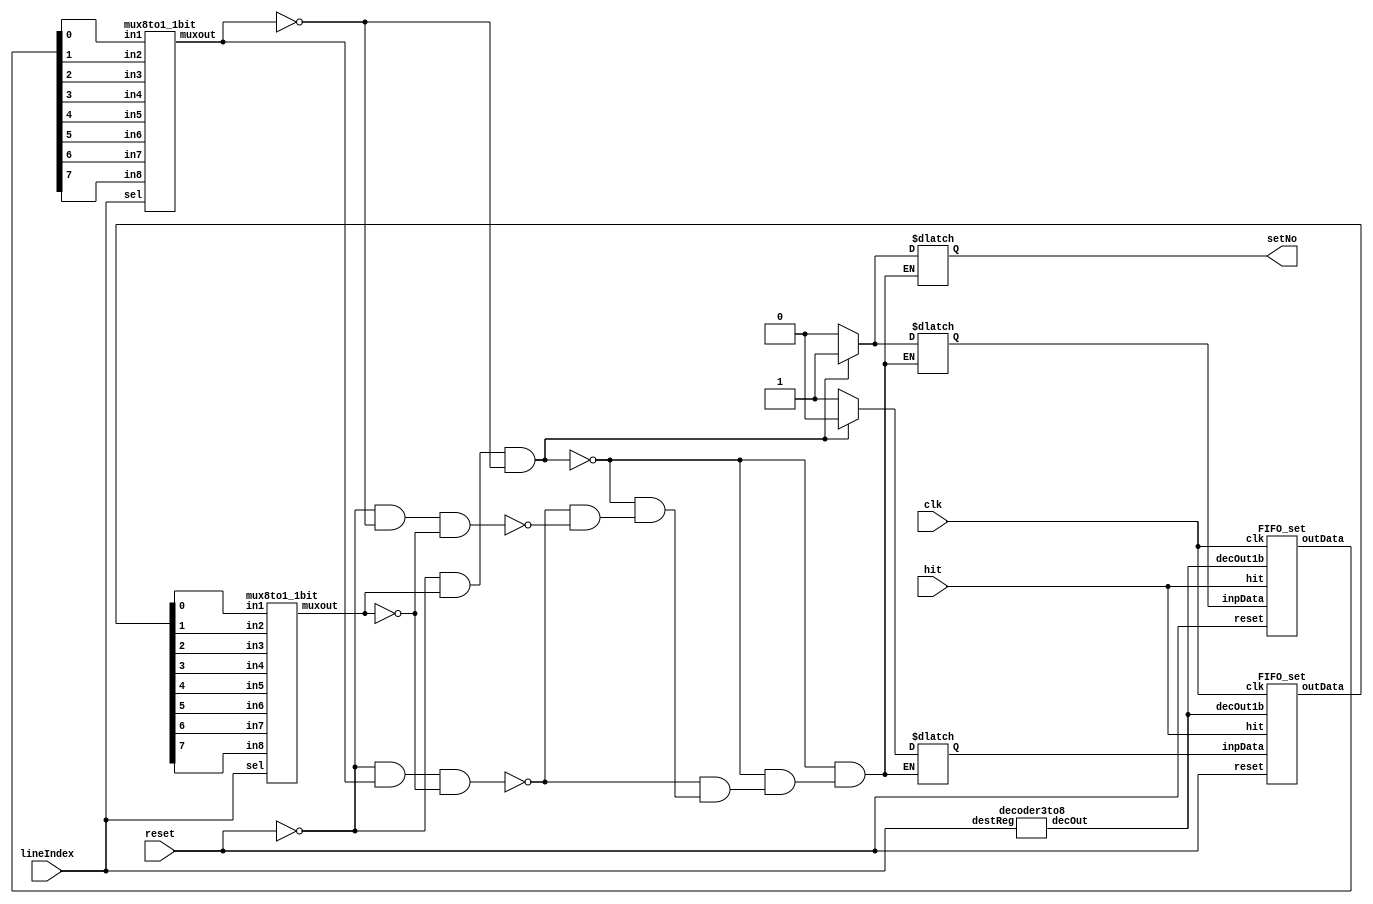
module FIFO(input clk, input reset, input[2:0] lineIndex, input hit, output reg setNo);
  
  wire[7:0] decOut;
  
  wire[7:0] set1Out, set2Out;
  reg updateSet1, updateSet2;
  
  wire setNo1, setNo2;
  
  decoder3to8 dec(lineIndex, decOut);
  
  FIFO_set set1(clk, reset, hit, decOut, updateSet1, set1Out);
  FIFO_set set2(clk, reset, hit, decOut, updateSet2, set2Out);
  
  mux8to1_1bit m1(set1Out[0], set1Out[1],set1Out[2],set1Out[3],set1Out[4],set1Out[5],set1Out[6], set1Out[7], lineIndex,setNo1);
  mux8to1_1bit m2(set2Out[0], set2Out[1],set2Out[2],set2Out[3],set2Out[4],set2Out[5],set2Out[6], set2Out[7], lineIndex,setNo2);

  always@(lineIndex or hit or setNo1 or setNo2)
  begin
  	if ( reset!=1'b1 && setNo1 == 1'b1 && setNo2 == 1'b0 )
  	begin
  		updateSet1 = 1'b0;
  		updateSet2 = 1'b1;
  		setNo = 1'b1;
  	end
  	else if ( reset!=1'b1 && setNo2 == 1'b1 && setNo1 == 1'b0 )
  	begin
  		updateSet1 = 1'b1;
  		updateSet2 = 1'b0;
  		setNo = 1'b0;
  	end
  	else if( reset!=1'b1 && setNo2 == 1'b0 && setNo1 == 1'b0)
  	begin
  		updateSet1 = 1'b1;
  		updateSet2 = 1'b0;
  		setNo = 1'b0;
  	end
  end
   
endmodule


module FIFO_set(input clk, input reset, input hit, input[7:0] decOut1b, input inpData, output[7:0] outData);
  register1bit r0(clk,reset, ~hit, decOut1b[0],inpData,  outData[0] );
  register1bit r1(clk,reset, ~hit, decOut1b[1],inpData,  outData[1] );
  register1bit r2(clk,reset, ~hit, decOut1b[2],inpData,  outData[2] );
  register1bit r3(clk,reset, ~hit, decOut1b[3],inpData,  outData[3] );
  register1bit r4(clk,reset, ~hit, decOut1b[4],inpData,  outData[4] );
  register1bit r5(clk,reset, ~hit, decOut1b[5],inpData,  outData[5] );
  register1bit r6(clk,reset, ~hit, decOut1b[6],inpData,  outData[6] );
  register1bit r7(clk,reset, ~hit, decOut1b[7],inpData,  outData[7] );
  
endmodule
//exist
module register1bit(input clk, input reset, input regWrite, input decOut1b, input inpData, output outData);
	
	D_ff_normal Reg1bit_0(clk, reset, regWrite, decOut1b, inpData, outData);

endmodule
//exist
module D_ff_normal (input clk, input reset, input regWrite, input decOut1b, input d, output reg q);
	always @ (negedge clk)
	begin
	if(reset==1)
		q=0;
	else
		if(regWrite == 1 && decOut1b==1) begin q=d; end
	end
endmodule

//exist
module decoder3to8( input [2:0] destReg, output reg [7:0] decOut);
	always@(destReg)
	begin
		case(destReg)
		3'b000: decOut=8'b00000001;
		3'b001: decOut=8'b00000010;
		3'b010: decOut=8'b00000100;
		3'b011: decOut=8'b00001000;
		3'b100: decOut=8'b00010000;
		3'b101: decOut=8'b00100000;
		3'b110: decOut=8'b01000000;
		3'b111: decOut=8'b10000000;
		endcase
	end
endmodule

//exist
module mux8to1_1bit(input  in1, input  in2, input  in3,input  in4,input  in5, input  in6, input  in7,input  in8, input [2:0] sel, output reg muxout);
	 always@(in1 or in2 or in3 or in4 or in5 or in6 or in7 or in7 or sel)
	 begin
		case(sel)
			3'b000 : muxout = in1;
			3'b001 : muxout = in2;
			3'b010 : muxout = in3;
			3'b011 : muxout = in4;
			3'b100 : muxout = in5;
			3'b101 : muxout = in6;
			3'b110 : muxout = in7;
			3'b111 : muxout = in8;
		endcase
	 end
endmodule